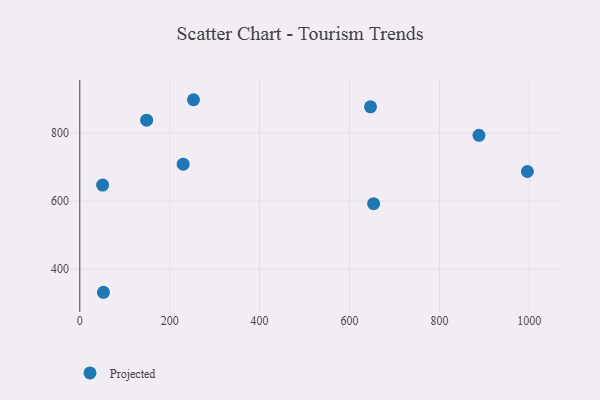
{"axis": {"x": "Speed", "y": "Fuel Efficiency"}, "legend": ["Projected"], "data": [{"x": "50.8", "y": 646.8, "type": "Projected"}, {"x": "148.7", "y": 837.2, "type": "Projected"}, {"x": "252.9", "y": 897.3, "type": "Projected"}, {"x": "230.0", "y": 708.3, "type": "Projected"}, {"x": "646.7", "y": 876.6, "type": "Projected"}, {"x": "653.6", "y": 592.3, "type": "Projected"}, {"x": "52.6", "y": 332.5, "type": "Projected"}, {"x": "995.6", "y": 686.7, "type": "Projected"}, {"x": "887.9", "y": 792.9, "type": "Projected"}]}